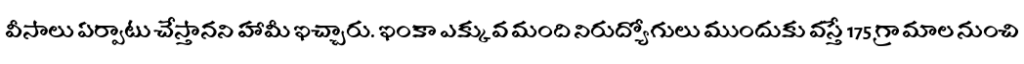
వీసాలు ఏర్పాటు చేస్తానని హామీ ఇచ్చారు. ఇంకా ఎక్కువ మంది నిరుద్యోగులు ముందుకు వస్తే 175 గ్రామాల నుంచి